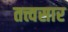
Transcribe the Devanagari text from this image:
तत्त्वसार